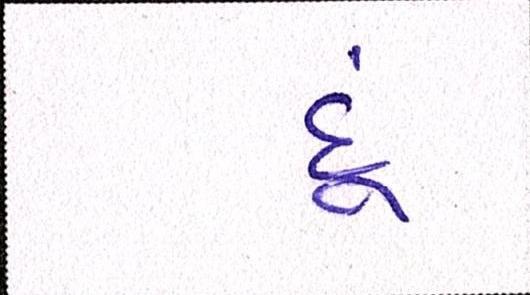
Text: દૂં